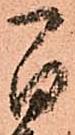
間